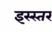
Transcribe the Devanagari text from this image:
इस्स्तर